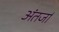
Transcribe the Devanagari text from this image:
अंतर्जा